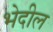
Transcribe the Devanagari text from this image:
भेदील